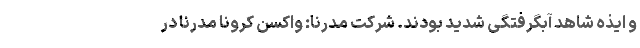
و ایذه شاهد آبگرفتگی شدید بودند. شرکت مدرنا: واکسن کرونا مدرنا در